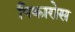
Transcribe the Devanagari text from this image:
पिकारोस